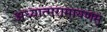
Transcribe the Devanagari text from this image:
अध्यात्मरामायणम्